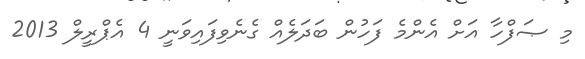
މި ޞަފްހާ އަށް އެންމެ ފަހުން ބަދަލެއް ގެނެވިފައިވަނީ 4 އެޕްރީލް 2013